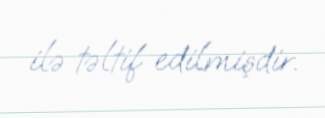
ilə təltif edilmişdir.